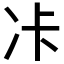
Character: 𠖺